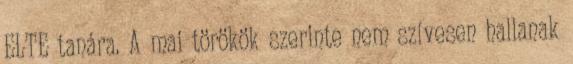
ELTE tanára. A mai törökök szerinte nem szívesen hallanak